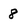
Character: 8